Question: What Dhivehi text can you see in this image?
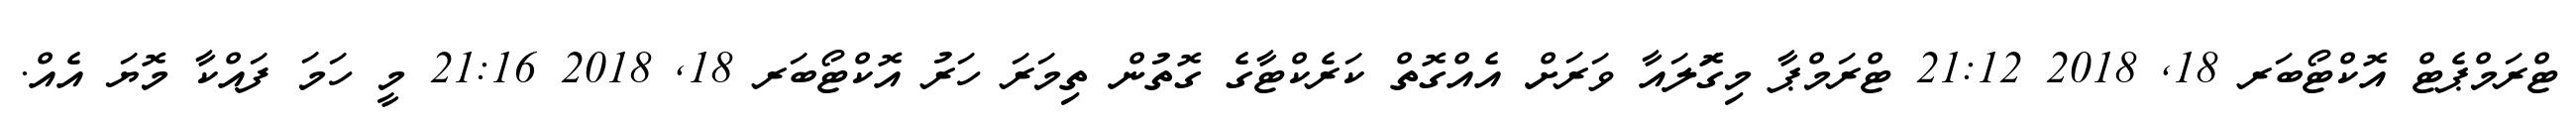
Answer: ޓްރަމްޕެޓް އޮކްޓޯބަރ 18, 2018 21:12 ޓްރަމްޕާ މިގޮަލައާ ވަރަށް އެއްގޮތް ކަރެކްޓާގެ ގޮތުން ތިމަރަ ހަރު އޮކްޓޯބަރ 18, 2018 21:16 މީ ހަމަ ފައްކާ މޮޔަ އެއް.